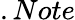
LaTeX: .Note